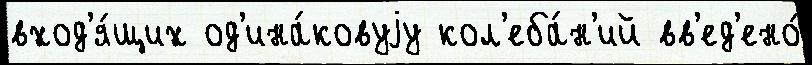
вход'я́щих од'ина́ковуjу кол'еба́н'ий вв'ед'ено́